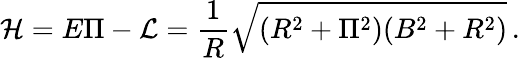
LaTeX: \mathcal{H}=E\Pi-\mathcal{L}=\frac{1}{R}\sqrt{(R^{2}+\Pi^{2})(B^{2}+R^{2})}\, .